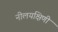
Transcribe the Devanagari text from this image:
नीलयक्षिणी